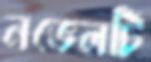
নভেলটি